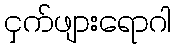
ငှက်ဖျားရောဂါ